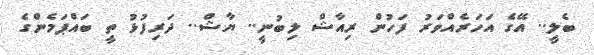
ބެލީ.. އޭގެ އަހަރެއްވަރު ފަހުން ރިއާޝް ލިބުނީ.. ޔާޝް.. ދަރިފުޅު ތީ ބައްޕަމެންގެ